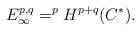
LaTeX: \begin{align*}\begin{aligned} E^{p,q}_{\infty}=^{p}H^{p+q}(C^{*}).\end{aligned}\end{align*}